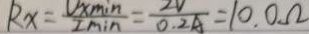
R x = \frac { V _ { x } \min } { I \min } = \frac { 2 V } { 0 . 2 A } = 1 0 . 0 \Omega